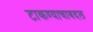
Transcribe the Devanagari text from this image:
टाकण्याचाबदल